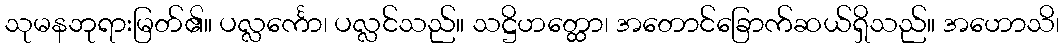
သုမနဘုရားမြတ်၏။ ပလ္လင်္ကော၊ ပလ္လင်သည်။ သဋ္ဌိဟတ္ထော၊ အတောင်ခြောက်ဆယ်ရှိသည်။ အဟောသိ၊